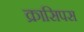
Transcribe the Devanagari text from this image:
क्रासिपस